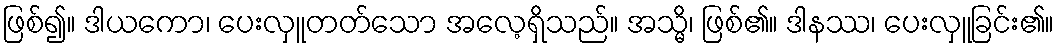
ဖြစ်၍။ ဒါယကော၊ ပေးလှူတတ်သော အလေ့ရှိသည်။ အသ္မိ၊ ဖြစ်၏။ ဒါနဿ၊ ပေးလှူခြင်း၏။